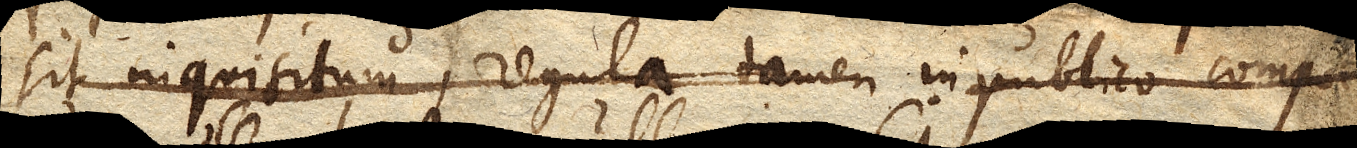
sit inquisitum, regula tamen in publico compa–